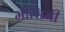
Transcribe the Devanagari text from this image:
मौसिमी